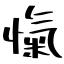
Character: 愾